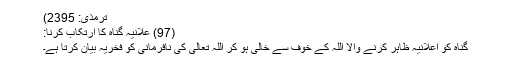
ترمذی: 2395)
(97) علانیہ گناہ کا ارتکاب کرنا:
گناہ کو اعلانیہ ظاہر کرنے والا اللہ کے خوف سے خالی ہو کر اللہ تعالیٰ کی نافرمانی کو فخریہ بیان کرتا ہے۔